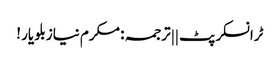
ٹرانسکرپٹ || ترجمہ : مکرم نیازبلو یار !